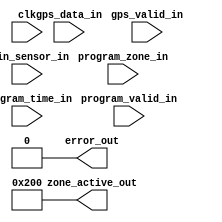
`timescale 1ns / 1ps
//////////////////////////////////////////////////////////////////////////////////
// Company: 
// 
// Design Name: 
// Module Name:    hw4_sprinkler
// Project Name: 
// Target Devices: 
// Tool versions: 
// Description: 
//
// Dependencies: 
//
// Revision: 
// Revision 0.01 - File Created
// Additional Comments: 
//
//////////////////////////////////////////////////////////////////////////////////

module hw4_sprinkler(clk, rain_sensor_in, gps_data_in, gps_valid_in, program_zone_in, program_time_in, program_valid_in, zone_active_out, error_out);

//Inputs
input clk;
input rain_sensor_in;
input [7:0] gps_data_in;
input gps_valid_in;
	
input [4:0] program_zone_in;
input [31:0] program_time_in;
input program_valid_in;

//Outputs
output reg [9:0] zone_active_out = 10'b1000000000;
output reg error_out = 0;

//---------------------------Insert your code here---------------------------------//

endmodule